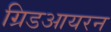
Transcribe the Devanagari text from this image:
ग्रिडआयरन